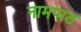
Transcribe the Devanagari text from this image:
नामपाठ